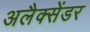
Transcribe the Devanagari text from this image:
अलैक्सेंडर